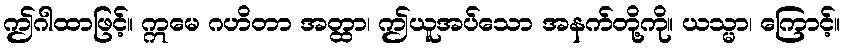
ဤဂါထာဖြင့်။ ဣမေ ဂဟိတာ အတ္ထာ၊ ဤယူအပ်သော အနက်တို့ကို။ ယသ္မာ၊ ကြောင့်။